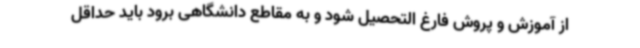
از آموزش و پروش فارغ التحصیل شود و به مقاطع دانشگاهی برود باید حداقل